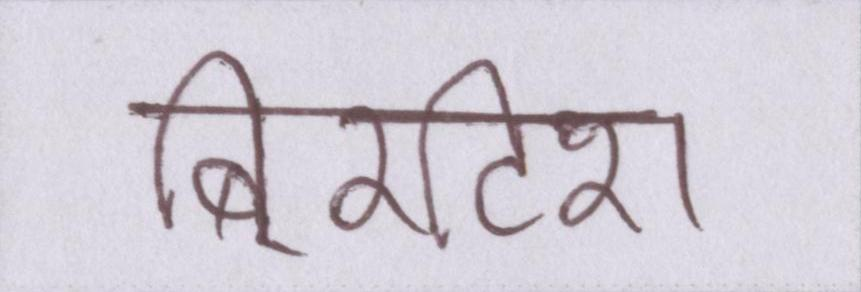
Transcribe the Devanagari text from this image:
बि्रटिश